Report on vaccination in the Province of Bengal - 1874-1889
Year: 1874
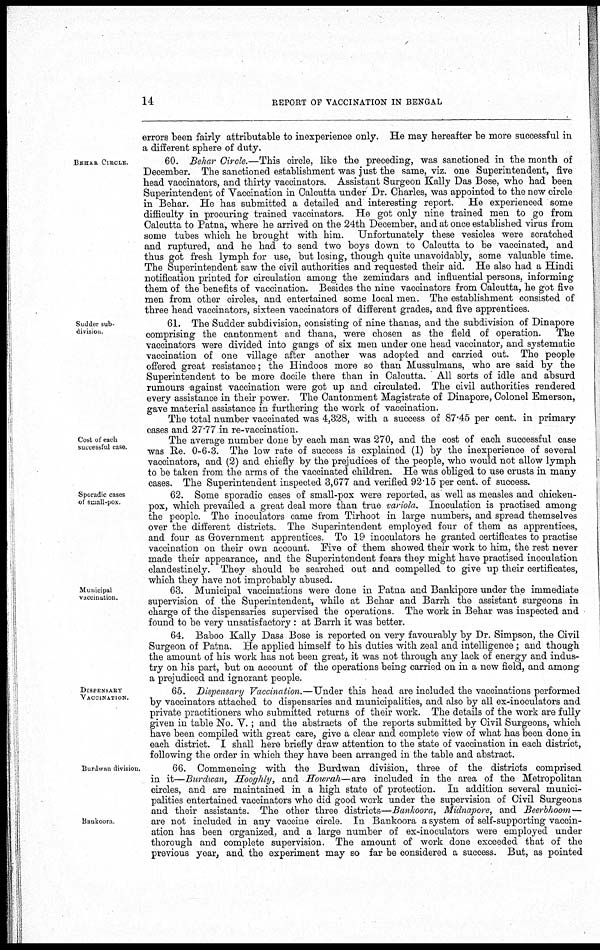
14
REPORT OF VACCINATION IN BENGAL
errors been fairly attributable to inexperience only. He may hereafter be more successful in
a different sphere of duty.
BEHAR CIRCLE.
60. Behar Circle.—This circle, like the preceding, was sanctioned in the month of
December. The sanctioned establishment was just the same, viz. one Superintendent, five
head vaccinators, and thirty vaccinators. Assistant Surgeon Kally Das Bose, who had been
Superintendent of Vaccination in Calcutta under Dr. Charles, was appointed to the new circle
in Behar. He has submitted a detailed and interesting report. He experienced some
difficulty in procuring trained vaccinators. He got only nine trained men to go from
Calcutta to Patna, where he arrived on the 24th December, and at once established virus from
some tubes which he brought with him. Unfortunately these vesicles were scratched
and ruptured, and he had to send two boys down to Calcutta to be vaccinated, and
thus got fresh lymph for use, but losing, though quite unavoidably, some valuable time.
The Superintendent saw the civil authorities and requested their aid. He also had a Hindi
notification printed for circulation among the zemindars and influential persons, informing
them of the benefits of vaccination. Besides the nine vaccinators from Calcutta, he got five
men from other circles, and entertained some local men. The establishment consisted of
three head vaccinators, sixteen vaccinators of different grades, and five apprentices.
Sudder sub-
division.
61. The Sudder subdivision, consisting of nine thanas, and the subdivision of Dinapore
comprising the cantonment and thana, were chosen as the field of operation.
The
vaccinators were divided into gangs of six men under one head vaccinator, and systematic
vaccination of one village after another was adopted and carried out. The people
offered great resistance; the Hindoos more so than Mussulmans, who are said by the
Superintendent to be more docile there than in Calcutta. All sorts of idle and absurd
rumours -against vaccination were got up and circulated. The civil authorities rendered
every assistance in their power. The Cantonment Magistrate of Dinapore, Colonel Emerson,
gave material assistance in furthering the work of vaccination.
The total number vaccinated was 4,328, with a success of 87.45 per cent. in primary
cases and 27.77 in re-vaccination.
Cost of each
successful case.
The average number done by each man was 270, and the cost of each successful case
was Re. 0-6-3. The low rate of success is explained (1) by the inexperience of several
vaccinators, and (2) and chiefly by the prejudices of the people, who would not allow lymph
to be taken from the arms of the vaccinated children. He was obliged to use crusts in many
cases. The Superintendent inspected 3,677 and verified 92.15 per cent. of success.
Sporadic cases
of small-pox.
62. Some sporadic cases of small-pox were reported, as well as measles and chicken-
pox, which prevailed a great deal more than true variola. Inoculation is practised among
the people. The inoculators came from Tirhoot in large numbers, and spread themselves
over the different districts. The Superintendent employed four of them as apprentices,
and four as Government apprentices To 19 inoculators he granted certificates to practise
vaccination on their own account. Five of them showed their work to him, the rest never
made their appearance, and the Superintendent fears they might have practised inoculation
clandestinely. They should be searched out and compelled to give up their certificates,
which they have not improbably abused.
Municipal
vaccination.
63. Municipal vaccinations were done in Patna and Bankipore under the immediate
supervision of the Superintendent, while at Behar and Barrh the assistant surgeons in
charge of the dispensaries supervised the operations. The work in Behar was inspected and
found to be very unsatisfactory : at Barrh it was better.
64. Baboo Kally Dass Bose is reported on very favourably by Dr. Simpson, the Civil
Surgeon of Patna. He applied himself to his duties with zeal and intelligence ; and though
the amount of his work has not been great, it was not through any lack of energy and indus-
try on his part, but on account of the operations being carried on in a new field, and among
a prejudiced and ignorant people.
DISPENSARY
VACCINATION.
65.Hooghly, and Howrah Dispensary Vaccination.—Under this head are included the vaccinations
by vaccinators attached to dispensaries and municipalities, and also by all ex-inoculators and
private practitioners who submitted returns of their work. The details of the work are fully
given in table No. V.; and the abstracts of the reports submitted by Civil Surgeons, which
have been compiled with great care, give a clear and complete view of what has been done in
each district. I shall here briefly draw attention to the state of vaccination in each district,
following the order in which they have been arranged in the table and abstract.
Burdwan division.
Baukoora.
66. Commencing with the Burdwan division, three of the districts comprised
in it—Burdwan, Hooghly, and Howrah—are included in the area of the Metropolitan
circles, and are maintained in a high state of protection. In addition several munici-
palities entertained vaccinators who did good work under the supervision of Civil Surgeons
and their assistants. The other three districts—Bankoora, Midnapore, and Beerbhoom—
are not included in any vaccine circle. In Bankoora a system of self-supporting vaccin-
ation has been organized, and a large number of ex-inoculators were employed under
thorough and complete supervision. The amount of work done exceeded that of the
previous year, and the experiment may so far be considered a success. But, as pointed